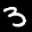
Label: 3